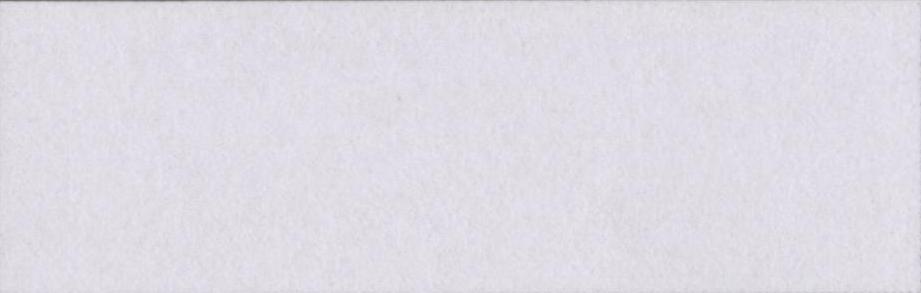
अर्जेंटीनी